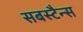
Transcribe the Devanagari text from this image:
सबस्टैन्स